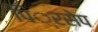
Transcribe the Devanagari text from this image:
पिं्रसेप